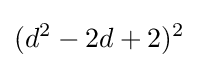
(d^{2}-2d+2)^{2}